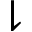
\downharpoonright